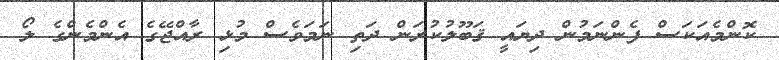
ކޮންމެއަކަސް ފެންނަމުން ދިޔައީ ޤަބޫލުކުރަން ދަތި ނަމަވެސް މުޅި ރާއްޖޭގެ އެންމެންގެ ލޯ